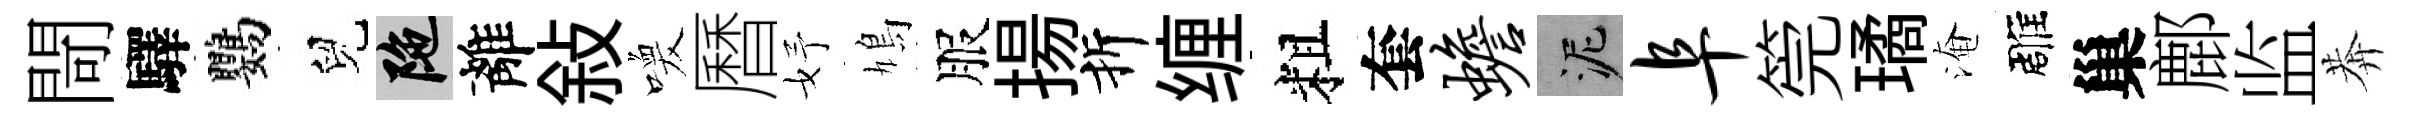
閜驛鸚兒陀離敍喚曆妤鳩服揚折缠粗套蟾泥阜筦璚淹雕巢鄜监莾